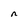
Character: n